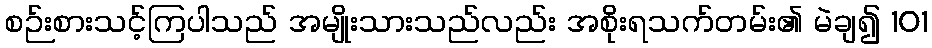
စဉ်းစားသင့်ကြပါသည် အမျိုးသားသည်လည်း အစိုးရသက်တမ်း၏ မဲချ၍ 101